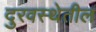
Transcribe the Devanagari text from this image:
दुरवस्थेतील